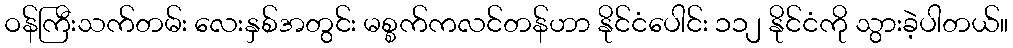
ဝန်ကြီးသက်တမ်း လေးနှစ်အတွင်း မစ္စက်ကလင်တန်ဟာ နိုင်ငံပေါင်း ၁၁၂ နိုင်ငံကို သွားခဲ့ပါတယ်။